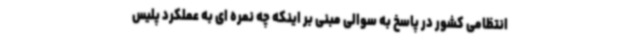
انتظامی کشور در پاسخ به سوالی مبنی بر اینکه چه نمره ای به عملکرد پلیس